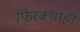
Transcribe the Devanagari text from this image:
फिरक्याही